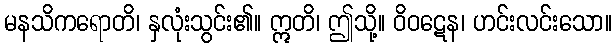
မနသိကရောတိ၊ နှလုံးသွင်း၏။ ဣတိ၊ ဤသို့။ ဝိဝဋေန၊ ဟင်းလင်းသော။